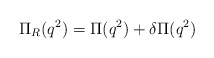
\begin{align*}\Pi_R (q^2) = \Pi (q^2) + \delta\Pi (q^2)\end{align*}